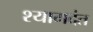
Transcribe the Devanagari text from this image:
श्यामदंत